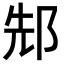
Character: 䢾